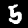
Label: 5